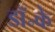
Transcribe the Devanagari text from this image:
डॉ॰के